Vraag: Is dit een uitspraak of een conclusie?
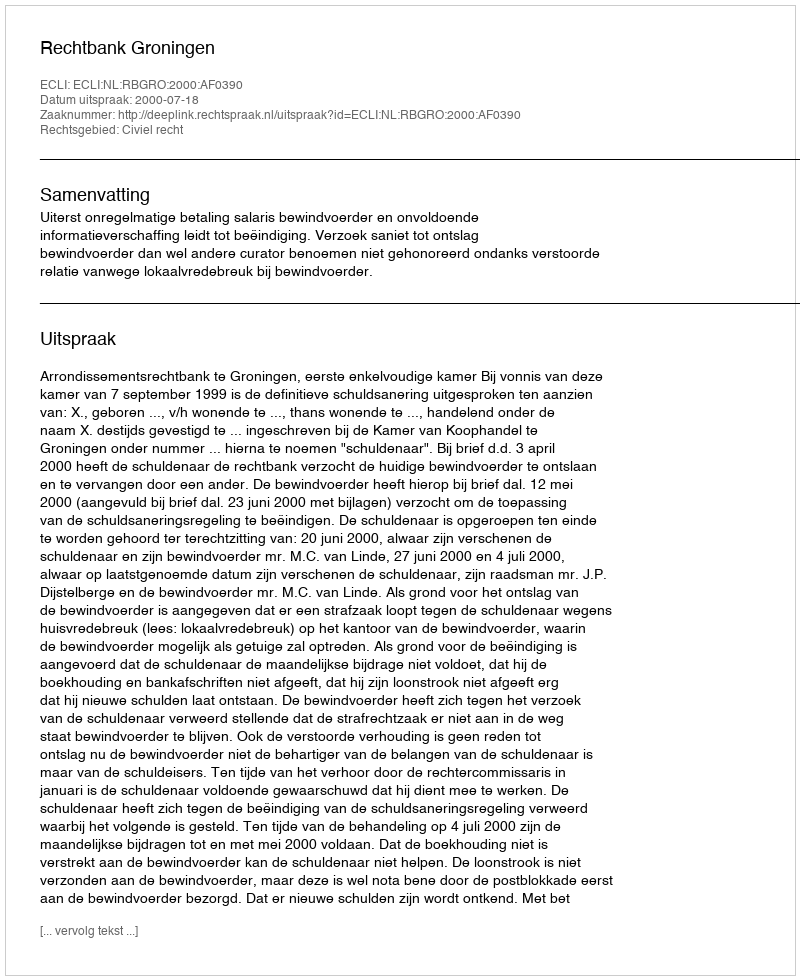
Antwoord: Uitspraak